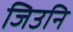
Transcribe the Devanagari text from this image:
जिउनि